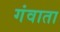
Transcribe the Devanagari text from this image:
गंवाता